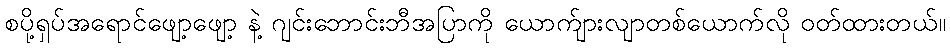
စပို့ရှပ်အရောင်ဖျော့ဖျော့ နဲ့ ဂျင်းဘောင်းဘီအပြာကို ယောက်ျားလျာတစ်ယောက်လို ဝတ်ထားတယ်။